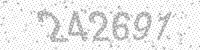
Solution: 242691